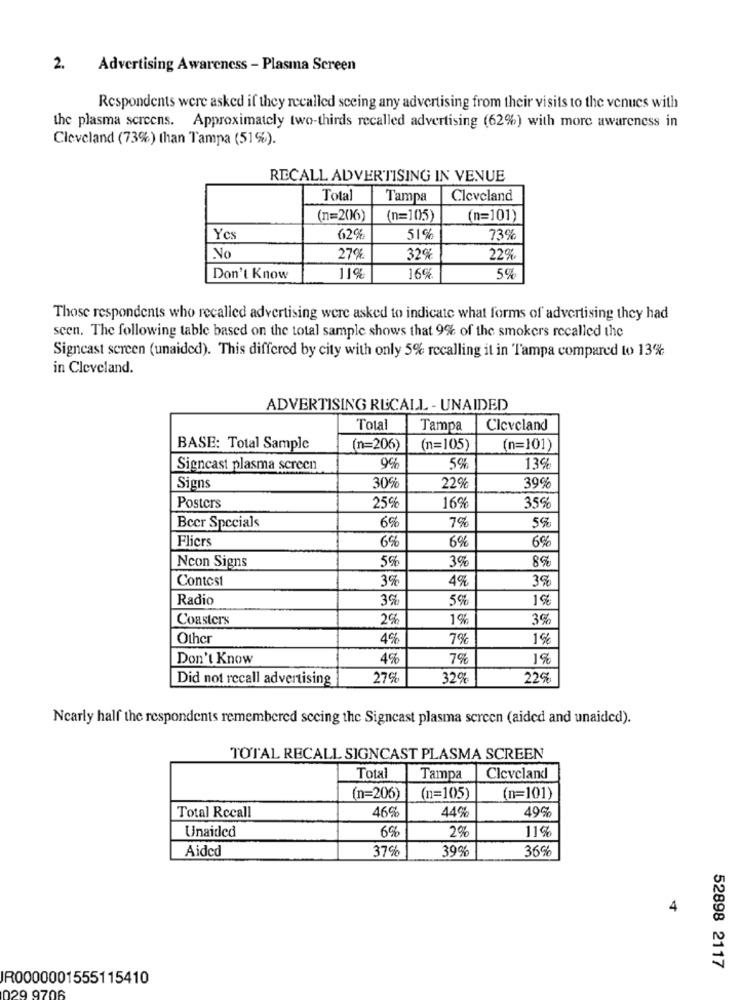
2. Advertising Awareness - Plasma Screen
Respondents were asked if they recalled seeing any advertising from their visits to the venues with
the plasma screens. Approximately two-thirds recalled advertising (62%) with more awareness in
Cleveland (73%) than Tampa (51%).
RECALL ADVERTISING IN VENUE
Total
Tampa
Cleveland
(n=206)
(n=105)
(n=101)
Yes
62%
51%
73%
No
27%
32%
22%
Don't Know
11%
16%
5%
Those respondents who recalled advertising were asked to indicate what forms of advertising they had
scen. The following table based on the total sample shows that 9% of the smokers recalled the
Signcast screen (unaided). This differed by city with only 5% recalling it in Tampa compared to 13%
in Cleveland.
ADVERTISING RECALL - UNAIDED
Total
Tampa
Cleveland
BASE: Total Sample
(n=206)
(n=105)
(n=101)
Signcast plasma screen
9%
5%
13%
Signs
30%
22%
39%
Posters
25%
16%
35%
6%
7%
Beer Specials
Fliers
6%
6%
6%
Ncon Signs
5%
3%
8%
Contest
3%
4%
3%
Radio
3%
5%
Coasters
2%
1%
3%
Other
4%
7%
1%
Don't Know
4%
7%
1%
Did not recall advertising
27%
32%
22%
Nearly half the respondents remembered secing the Signcast plasma screen (aided and unaided).
TOTAL RECALL SIGNCAST PLASMA SCREEN
Total
Tampa
Cleveland
(n=206)
(n=105)
(n=101)
46%
49%
Total Recall
44%
Unaided
68
11%
Aided
37%
39%
36%
4
52898 2117
R0000001555115410
029 9706